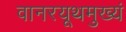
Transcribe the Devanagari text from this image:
वानरयूथमुख्यं